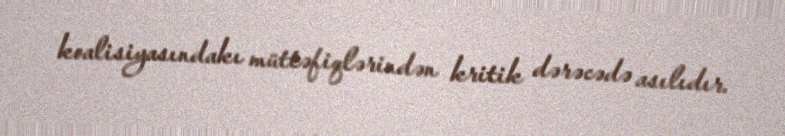
koalisiyasındakı müttəfiqlərindən kritik dərəcədə asılıdır.